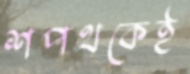
শপথকেই